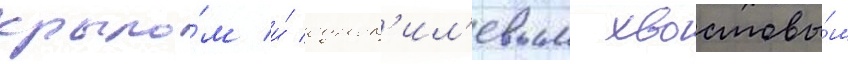
крыло́м и́ однок'ил'евым хвостовы́м